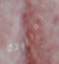
المزايدة